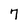
Character: 7